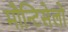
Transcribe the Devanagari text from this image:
मौन्टिसेलो